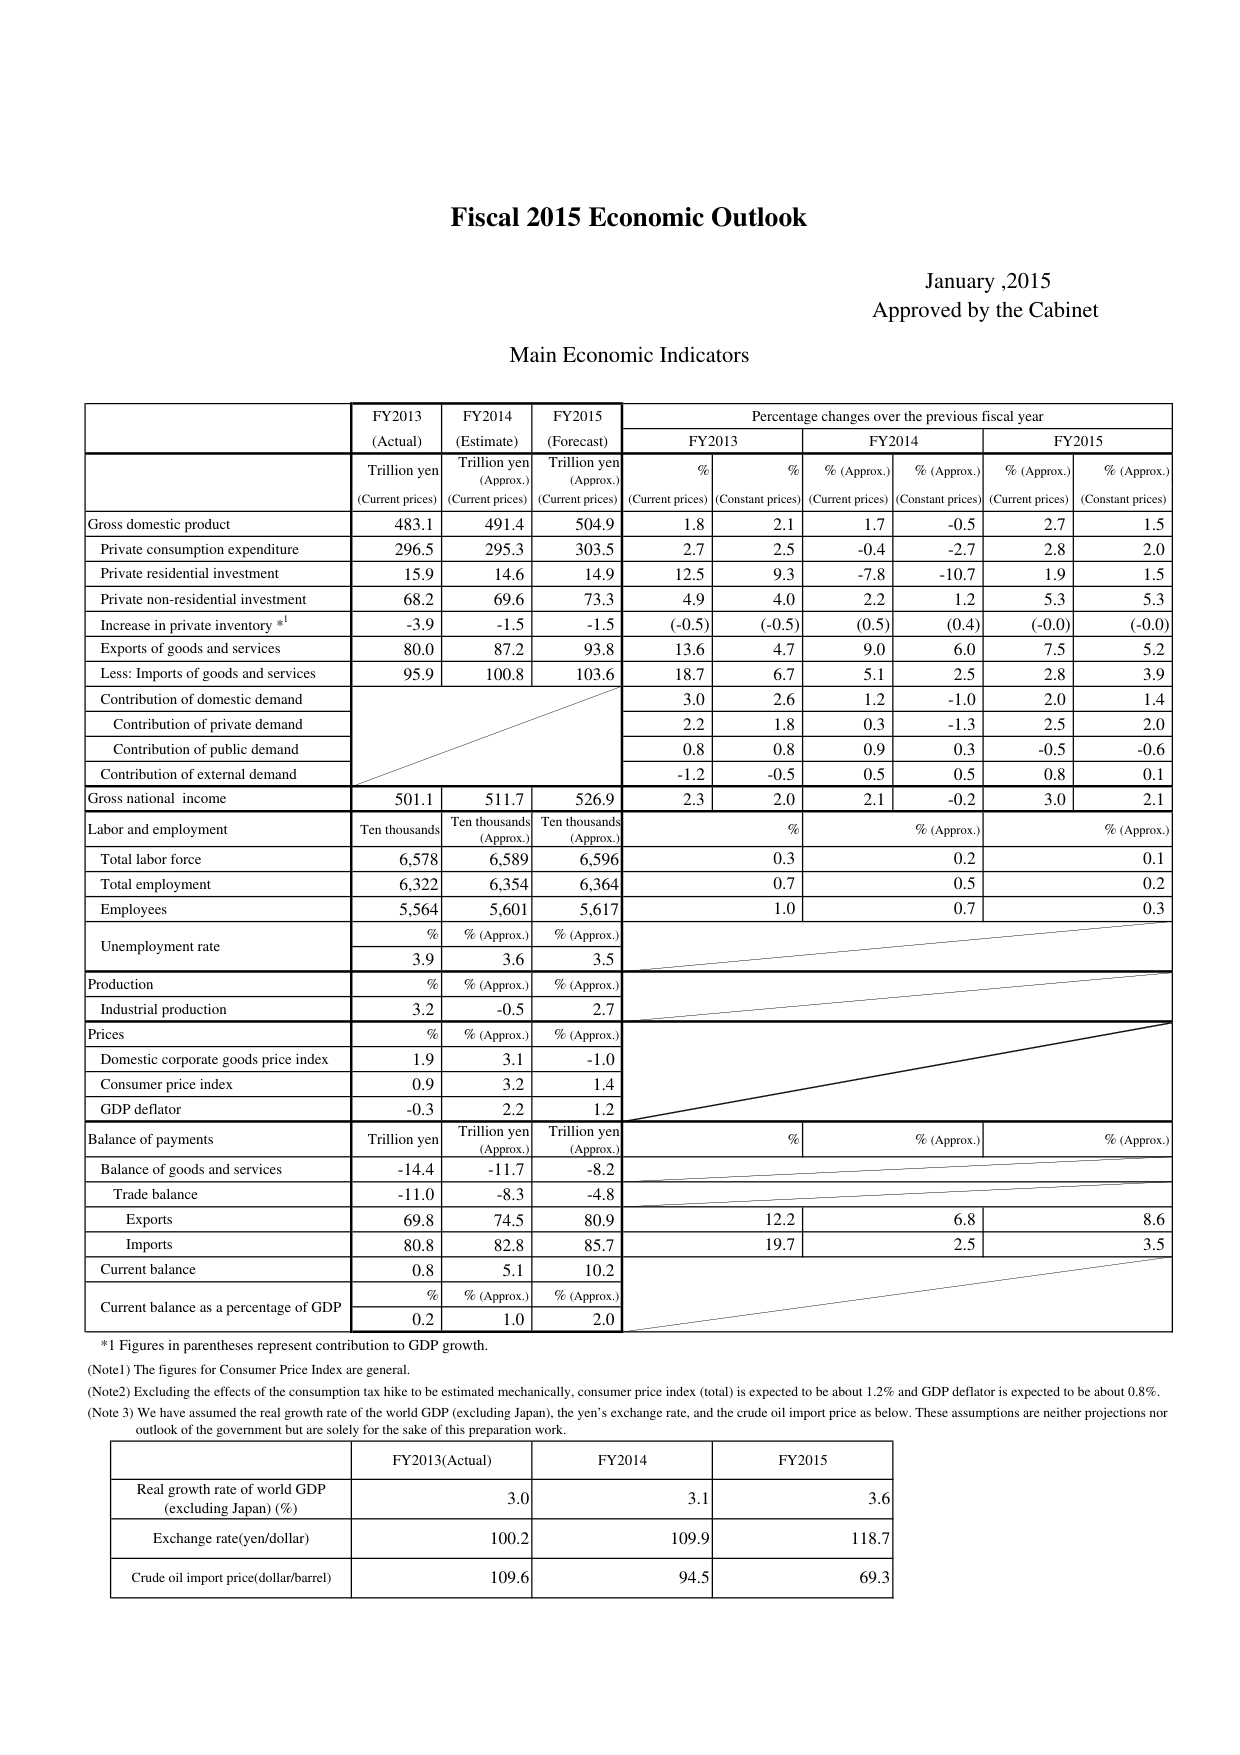
Fiscal 2015 Economic Outlook

January,2015
Approved by the Cabinet

Main Economic Indicators

FY2013 (Actual) FY2014 (Estimate) FY2015 (Forecast) Percentage changes over the previous fiscal year
Trillion yen (Current prices) Trillion yen (Approx.) (Current prices) Trillion yen (Approx.) (Current prices) % (Current prices) % (Constant prices) % (Approx.) (Current prices) % (Approx.) (Constant prices) % (Approx.) (Current prices) % (Approx.) (Constant prices)

Gross domestic product 483.1 491.4 504.9 1.8 2.1 1.7 -0.5 2.7 1.5
Private consumption expenditure 296.5 295.3 303.5 2.7 2.5 -0.4 -2.7 2.8 2.0
Private residential investment 15.9 14.6 14.9 12.5 9.3 -7.8 -10.7 1.9 1.5
Private non-residential investment 68.2 69.6 73.3 4.9 4.0 2.2 1.2 5.3 5.3
Increase in private inventory *1 -3.9 -1.5 -1.5 (-0.5) (-0.5) (0.5) (0.4) (-0.0) (-0.0)
Exports of goods and services 80.0 87.2 93.8 13.6 4.7 9.0 6.0 7.5 5.2
Less: Imports of goods and services 95.9 100.8 103.6 18.7 6.7 5.1 2.5 2.8 3.9
Contribution of domestic demand 3.0 2.6 1.2 -1.0 2.0 1.4
Contribution of private demand 2.2 1.8 0.3 -1.3 2.5 2.0
Contribution of public demand 0.8 0.8 0.9 0.3 -0.5 -0.6
Contribution of external demand -1.2 -0.5 0.5 0.5 0.8 0.1
Gross national income 501.1 511.7 526.9 2.3 2.0 2.1 -0.2 3.0 2.1

Labor and employment Ten thousands Ten thousands (Approx.) Ten thousands (Approx.) % % (Approx.) % (Approx.)
Total labor force 6,578 6,589 6,596 0.3 0.2 0.1
Total employment 6,322 6,354 6,364 0.7 0.5 0.2
Employees 5,564 5,601 5,617 1.0 0.7 0.3
Unemployment rate % % (Approx.) % (Approx.) 3.9 3.6 3.5

Production % % (Approx.) % (Approx.)
Industrial production 3.2 -0.5 2.7

Prices % % (Approx.) % (Approx.)
Domestic corporate goods price index 1.9 3.1 -1.0
Consumer price index 0.9 3.2 1.4
GDP deflator -0.3 2.2 1.2

Balance of payments Trillion yen Trillion yen (Approx.) Trillion yen (Approx.) % % (Approx.) % (Approx.)
Balance of goods and services -14.4 -11.7 -8.2
Trade balance -11.0 -8.3 -4.8
Exports 69.8 74.5 80.9 12.2 6.8 8.6
Imports 80.8 82.8 85.7 19.7 2.5 3.5
Current balance 0.8 5.1 10.2
Current balance as a percentage of GDP % % (Approx.) % (Approx.) 0.2 1.0 2.0

*1 Figures in parentheses represent contribution to GDP growth.
(Note1) The figures for Consumer Price Index are general.
(Note2) Excluding the effects of the consumption tax hike to be estimated mechanically, consumer price index (total) is expected to be about 1.2% and GDP deflator is expected to be about 0.8%.
(Note 3) We have assumed the real growth rate of the world GDP (excluding Japan), the yen’s exchange rate, and the crude oil import price as below. These assumptions are neither projections nor outlook of the government but are solely for the sake of this preparation work.

FY2013(Actual) FY2014 FY2015
Real growth rate of world GDP (excluding Japan) (%) 3.0 3.1 3.6
Exchange rate(yen/dollar) 100.2 109.9 118.7
Crude oil import price(dollar/barrel) 109.6 94.5 69.3